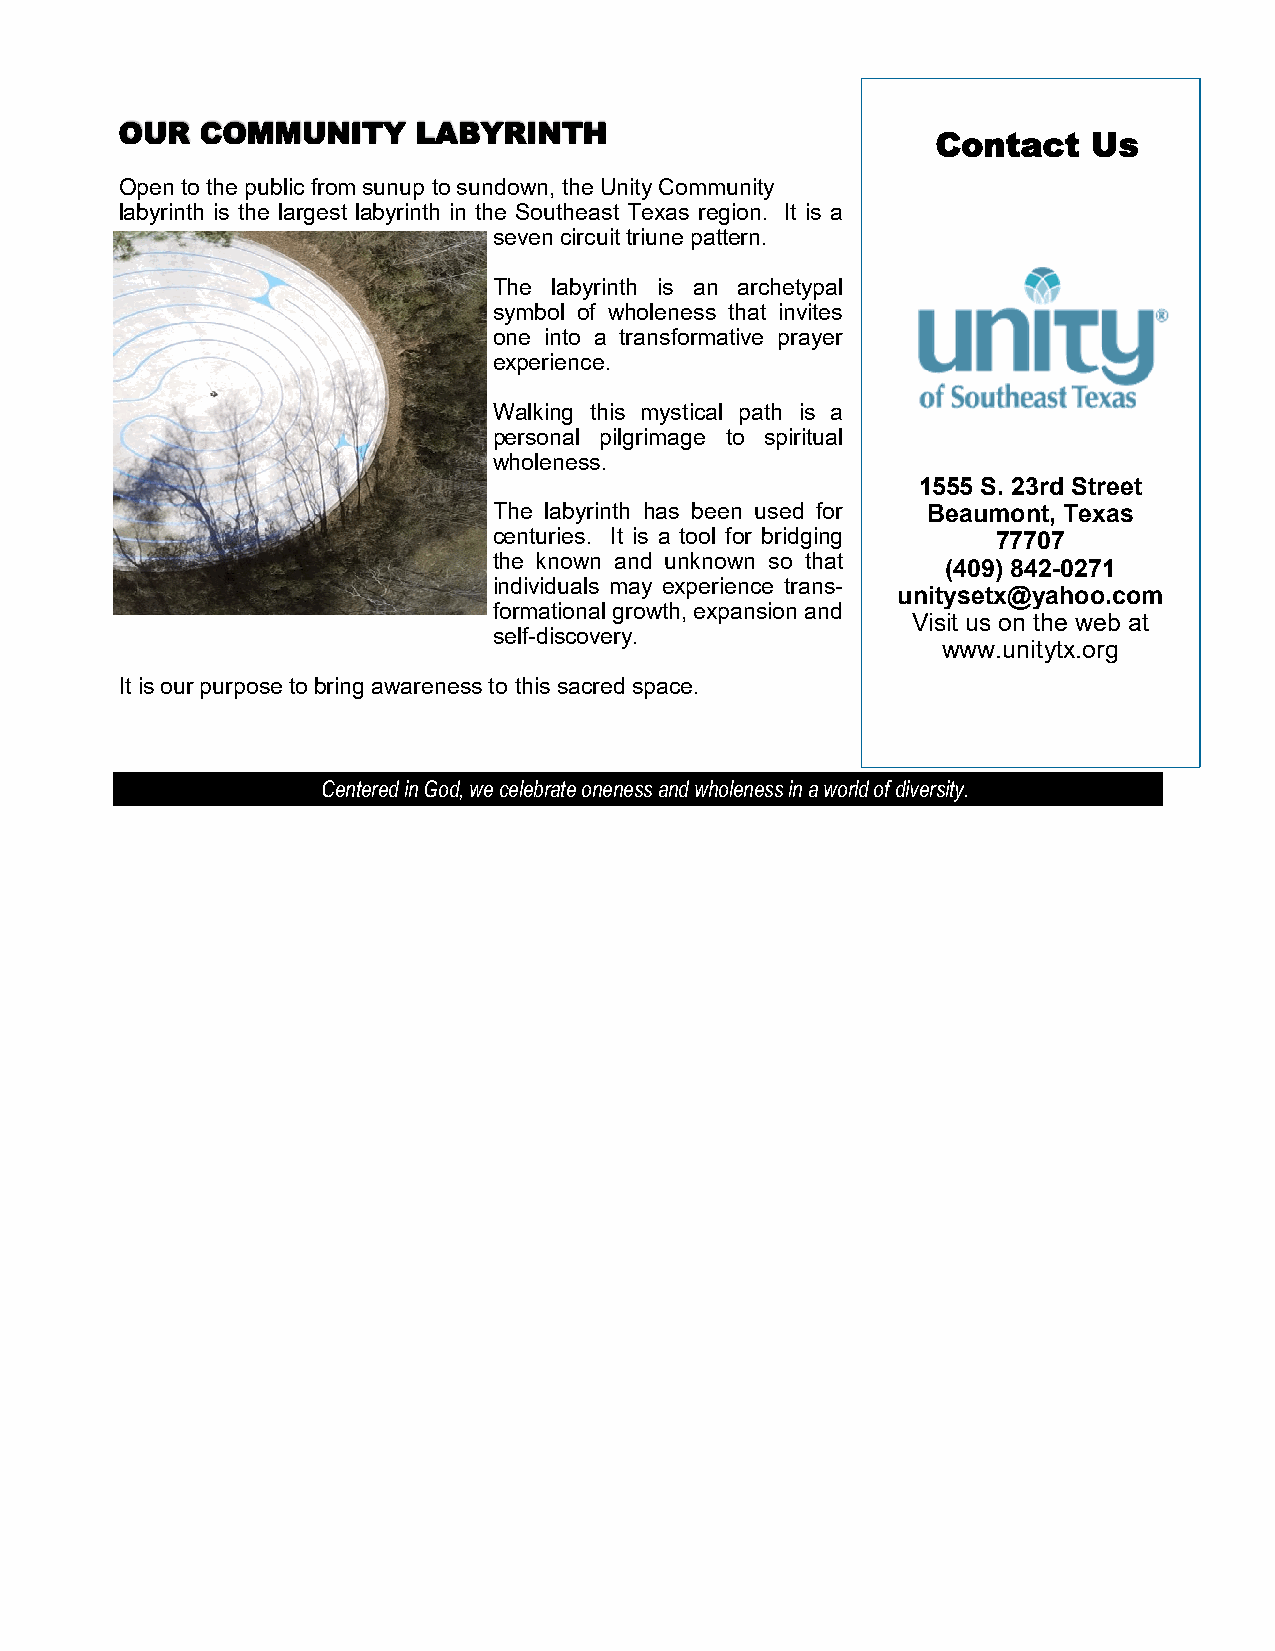
OUR  COMMUNITY      LABYRINTH
 Contact   Us
 Open to the public from sunup to sundown, the Unity Community
 labyrinth is the largest labyrinth in the Southeast Texas region. It is a
 seven circuit triune pattern.
 The labyrinth is an archetypal
 symbol of wholeness that invites
 one into a transformative prayer
 experience.
 Walking this mystical path is a
 personal pilgrimage to spiritual
 wholeness.
 1555 S. 23rd Street
 The labyrinth has been used for Beaumont, Texas
 centuries. It is a tool for bridging 77707
 the known and unknown so that (409) 842-0271
 individuals may experience trans-
 unitysetx@yahoo.com
 formational growth, expansion and
 Visit us on the web at
 self-discovery.
 www.unitytx.org
 It is our purpose to bring awareness to this sacred space.
 Centered in God, we celebrate oneness and wholeness in a world of diversity.